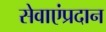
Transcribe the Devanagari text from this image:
सेवाएंप्रदान